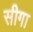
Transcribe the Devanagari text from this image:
सीगा